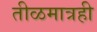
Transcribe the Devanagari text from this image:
तीळमात्रही